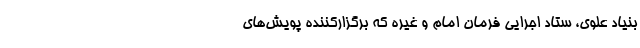
بنیاد علوی، ستاد اجرایی فرمان امام و غیره که برگزارکننده پویش‌های